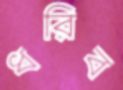
ধরিব